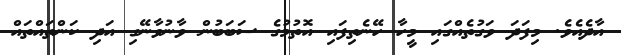
އާދެއެވެ. މިފަދަ ވަގުތެއްގައި މީހާ ހޭނެތިފައި އޮތުމުގެ ސަބަބުން ވާނުވާނޭގި އަދި ކަންތައްތައް